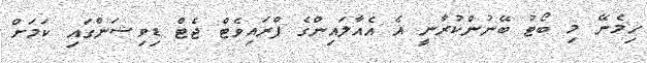
ހިމެނޭ މި ބޯޓު ބޭނުންކުރާނީ އެ އެއާލައިންގެ ޕްރައިވެޓް ޖެޓް ޑިވިޝަންގައި ކަމަށް